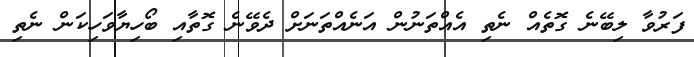
ފަރުވާ ލިބޭނެ ގޮތެއް ނެތި އެއްތަނުން އަނެއްތަނަށް ދެވޭނެ ގޮތާއި ބޯހިޔާވަހިކަން ނެތި